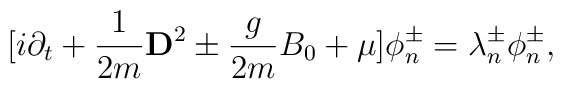
\lbrack i\partial _{t}+\frac{1}{2m}{\bf D}^{2}\pm \frac{g}{2m}B_{0}+ \mu]\phi_{n}^{\pm }=\lambda _{n}^{\pm }\phi _{n}^{\pm },